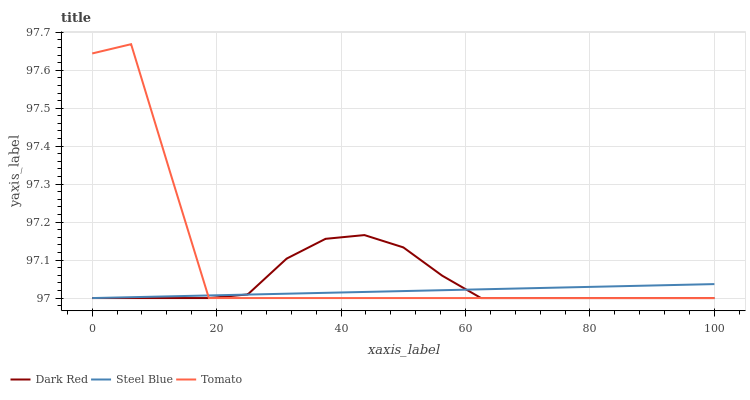
| xaxis_label | Dark Red | Steel Blue | Tomato |
 | --- | --- | --- | --- |
 | 0 | 97 | 97 | 97.6 |
 | 6.25 | 97 | 97 | 97.7 |
 | 12.5 | 97 | 97 | 97.3 |
 | 18.8 | 97 | 97 | 97 |
 | 25 | 97 | 97 | 97 |
 | 31.2 | 97.1 | 97 | 97 |
 | 37.5 | 97.2 | 97 | 97 |
 | 43.8 | 97.2 | 97 | 97 |
 | 50 | 97.1 | 97 | 97 |
 | 56.2 | 97.1 | 97 | 97 |
 | 62.5 | 97 | 97 | 97 |
 | 68.8 | 97 | 97 | 97 |
 | 75 | 97 | 97 | 97 |
 | 81.2 | 97 | 97 | 97 |
 | 87.5 | 97 | 97 | 97 |
 | 93.8 | 97 | 97 | 97 |
 | 100 | 97 | 97 | 97 |